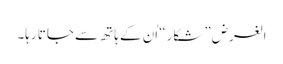
الغرض ”شکار“ اُن کے ہاتھ سے جاتا رہا۔